65_HS1-834228961_62-HQ-83894_Section_8
Agency: FBI
Page 93
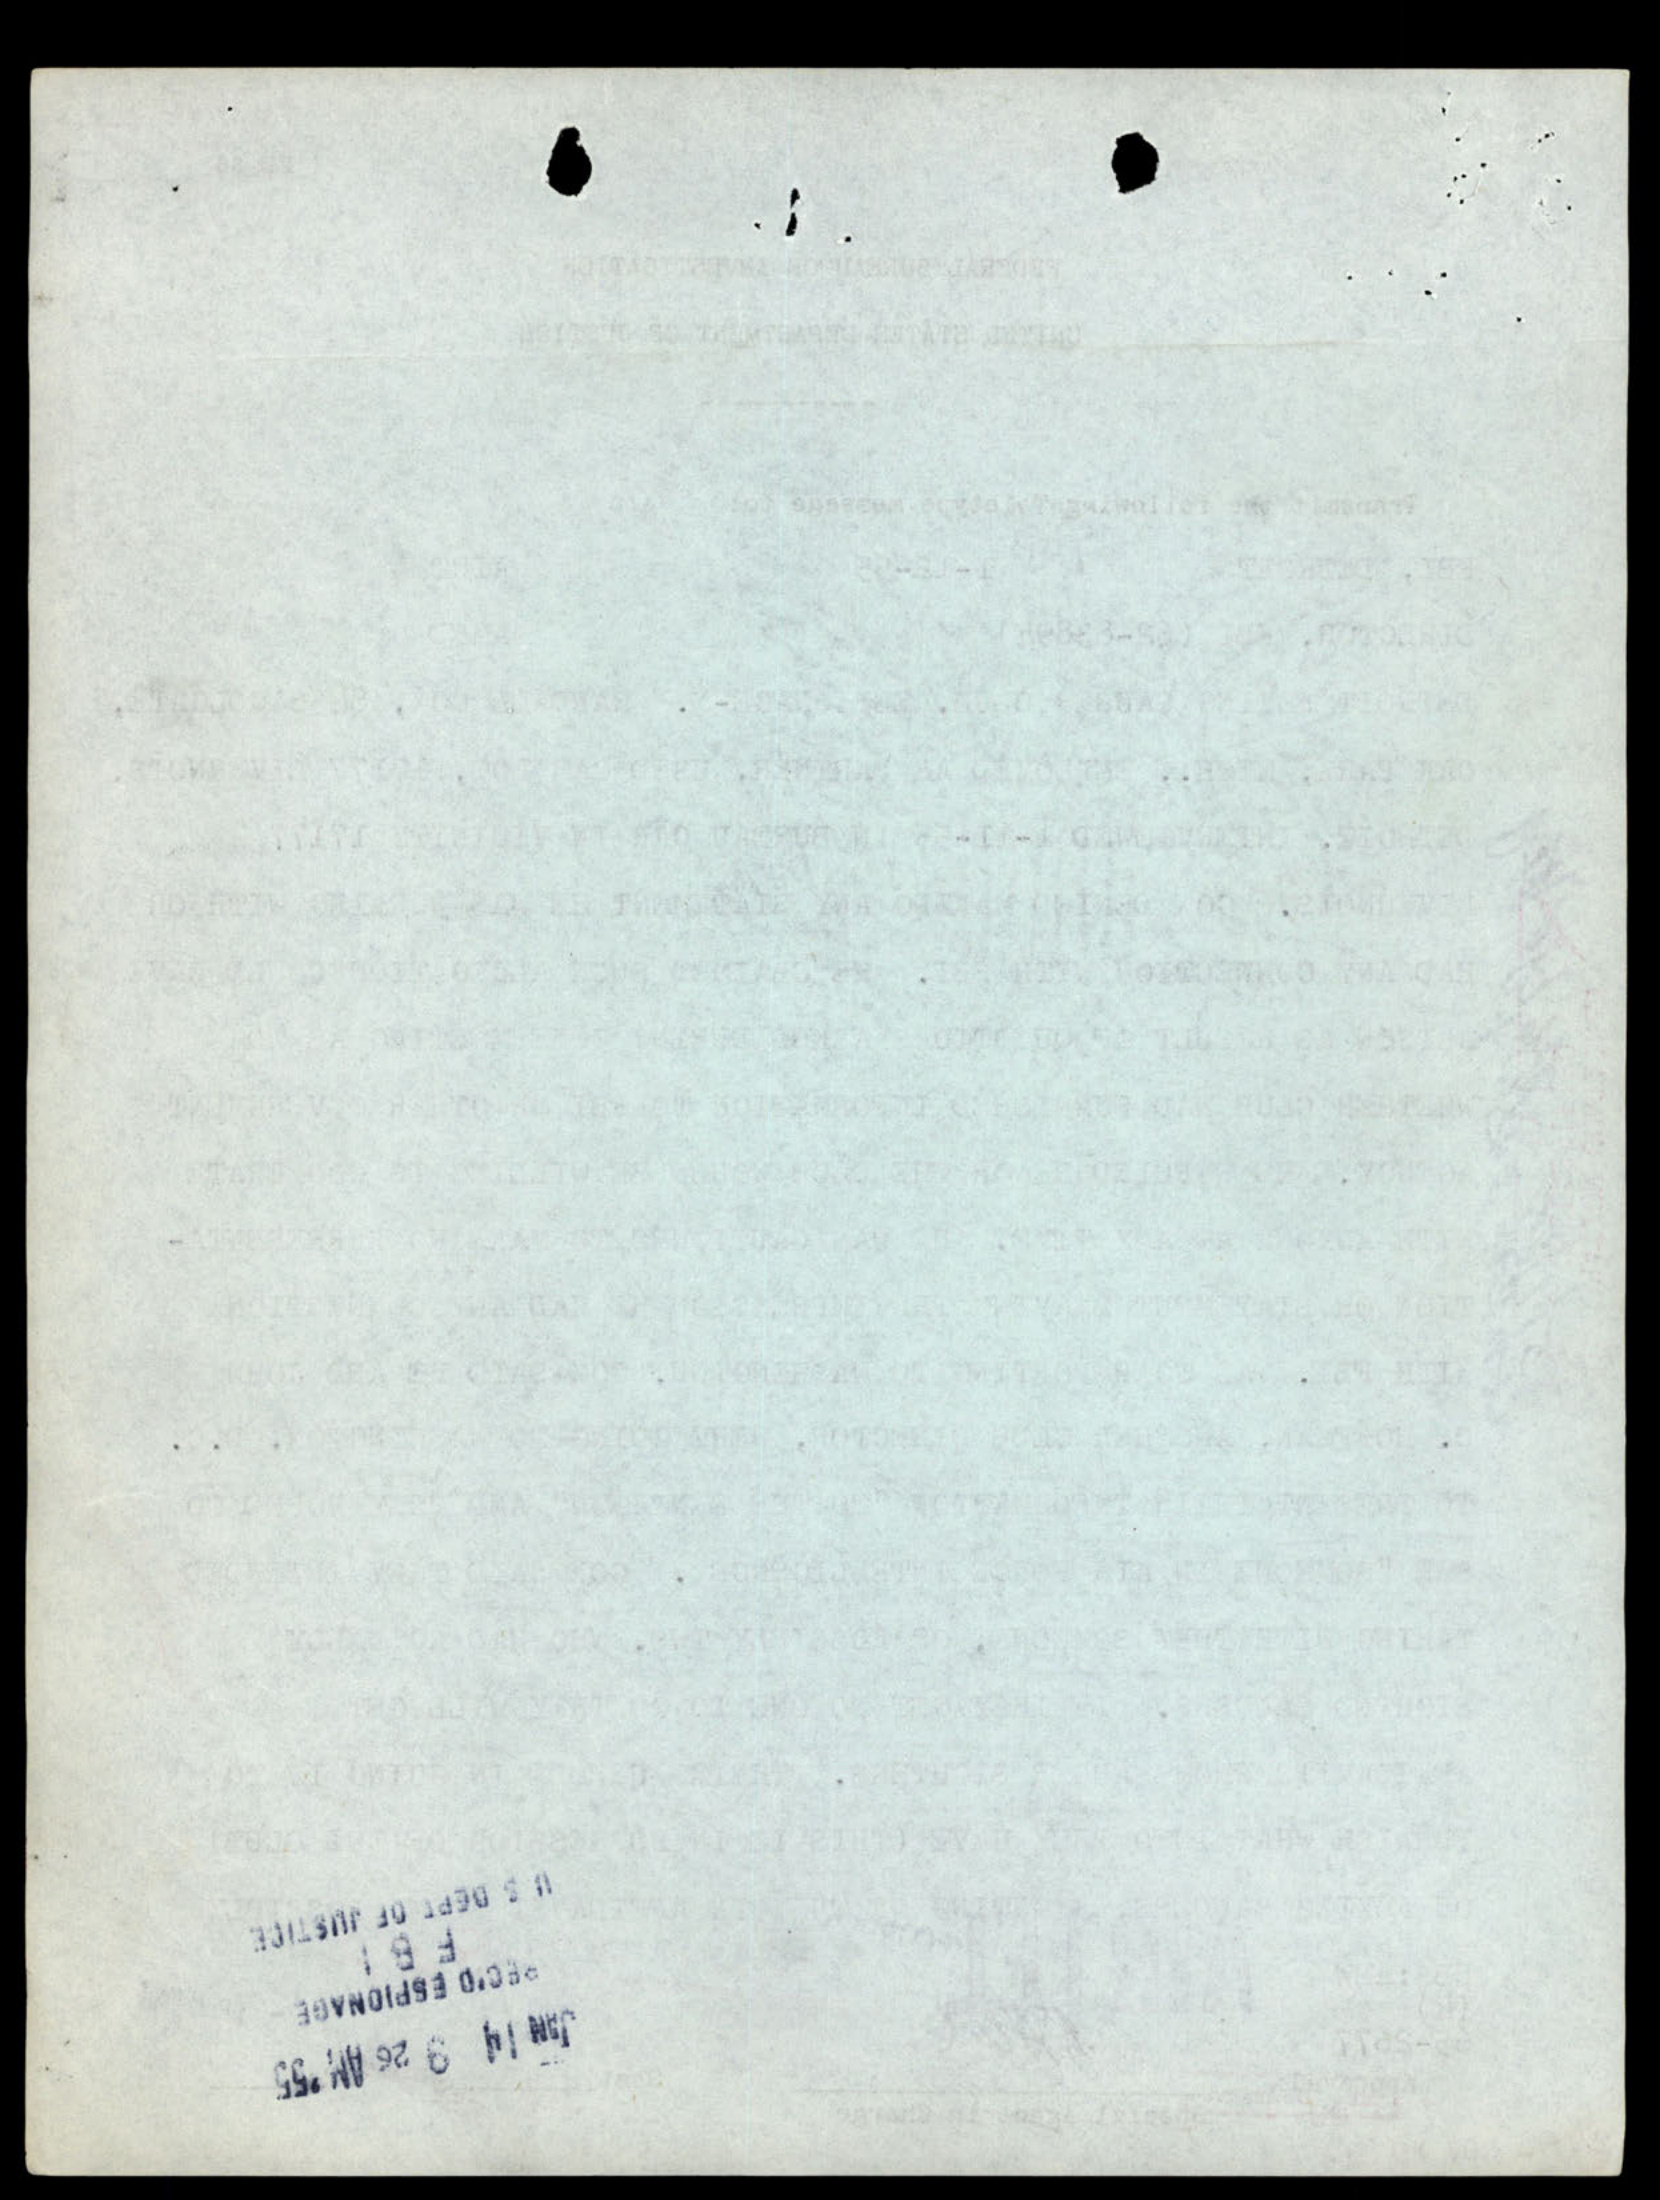